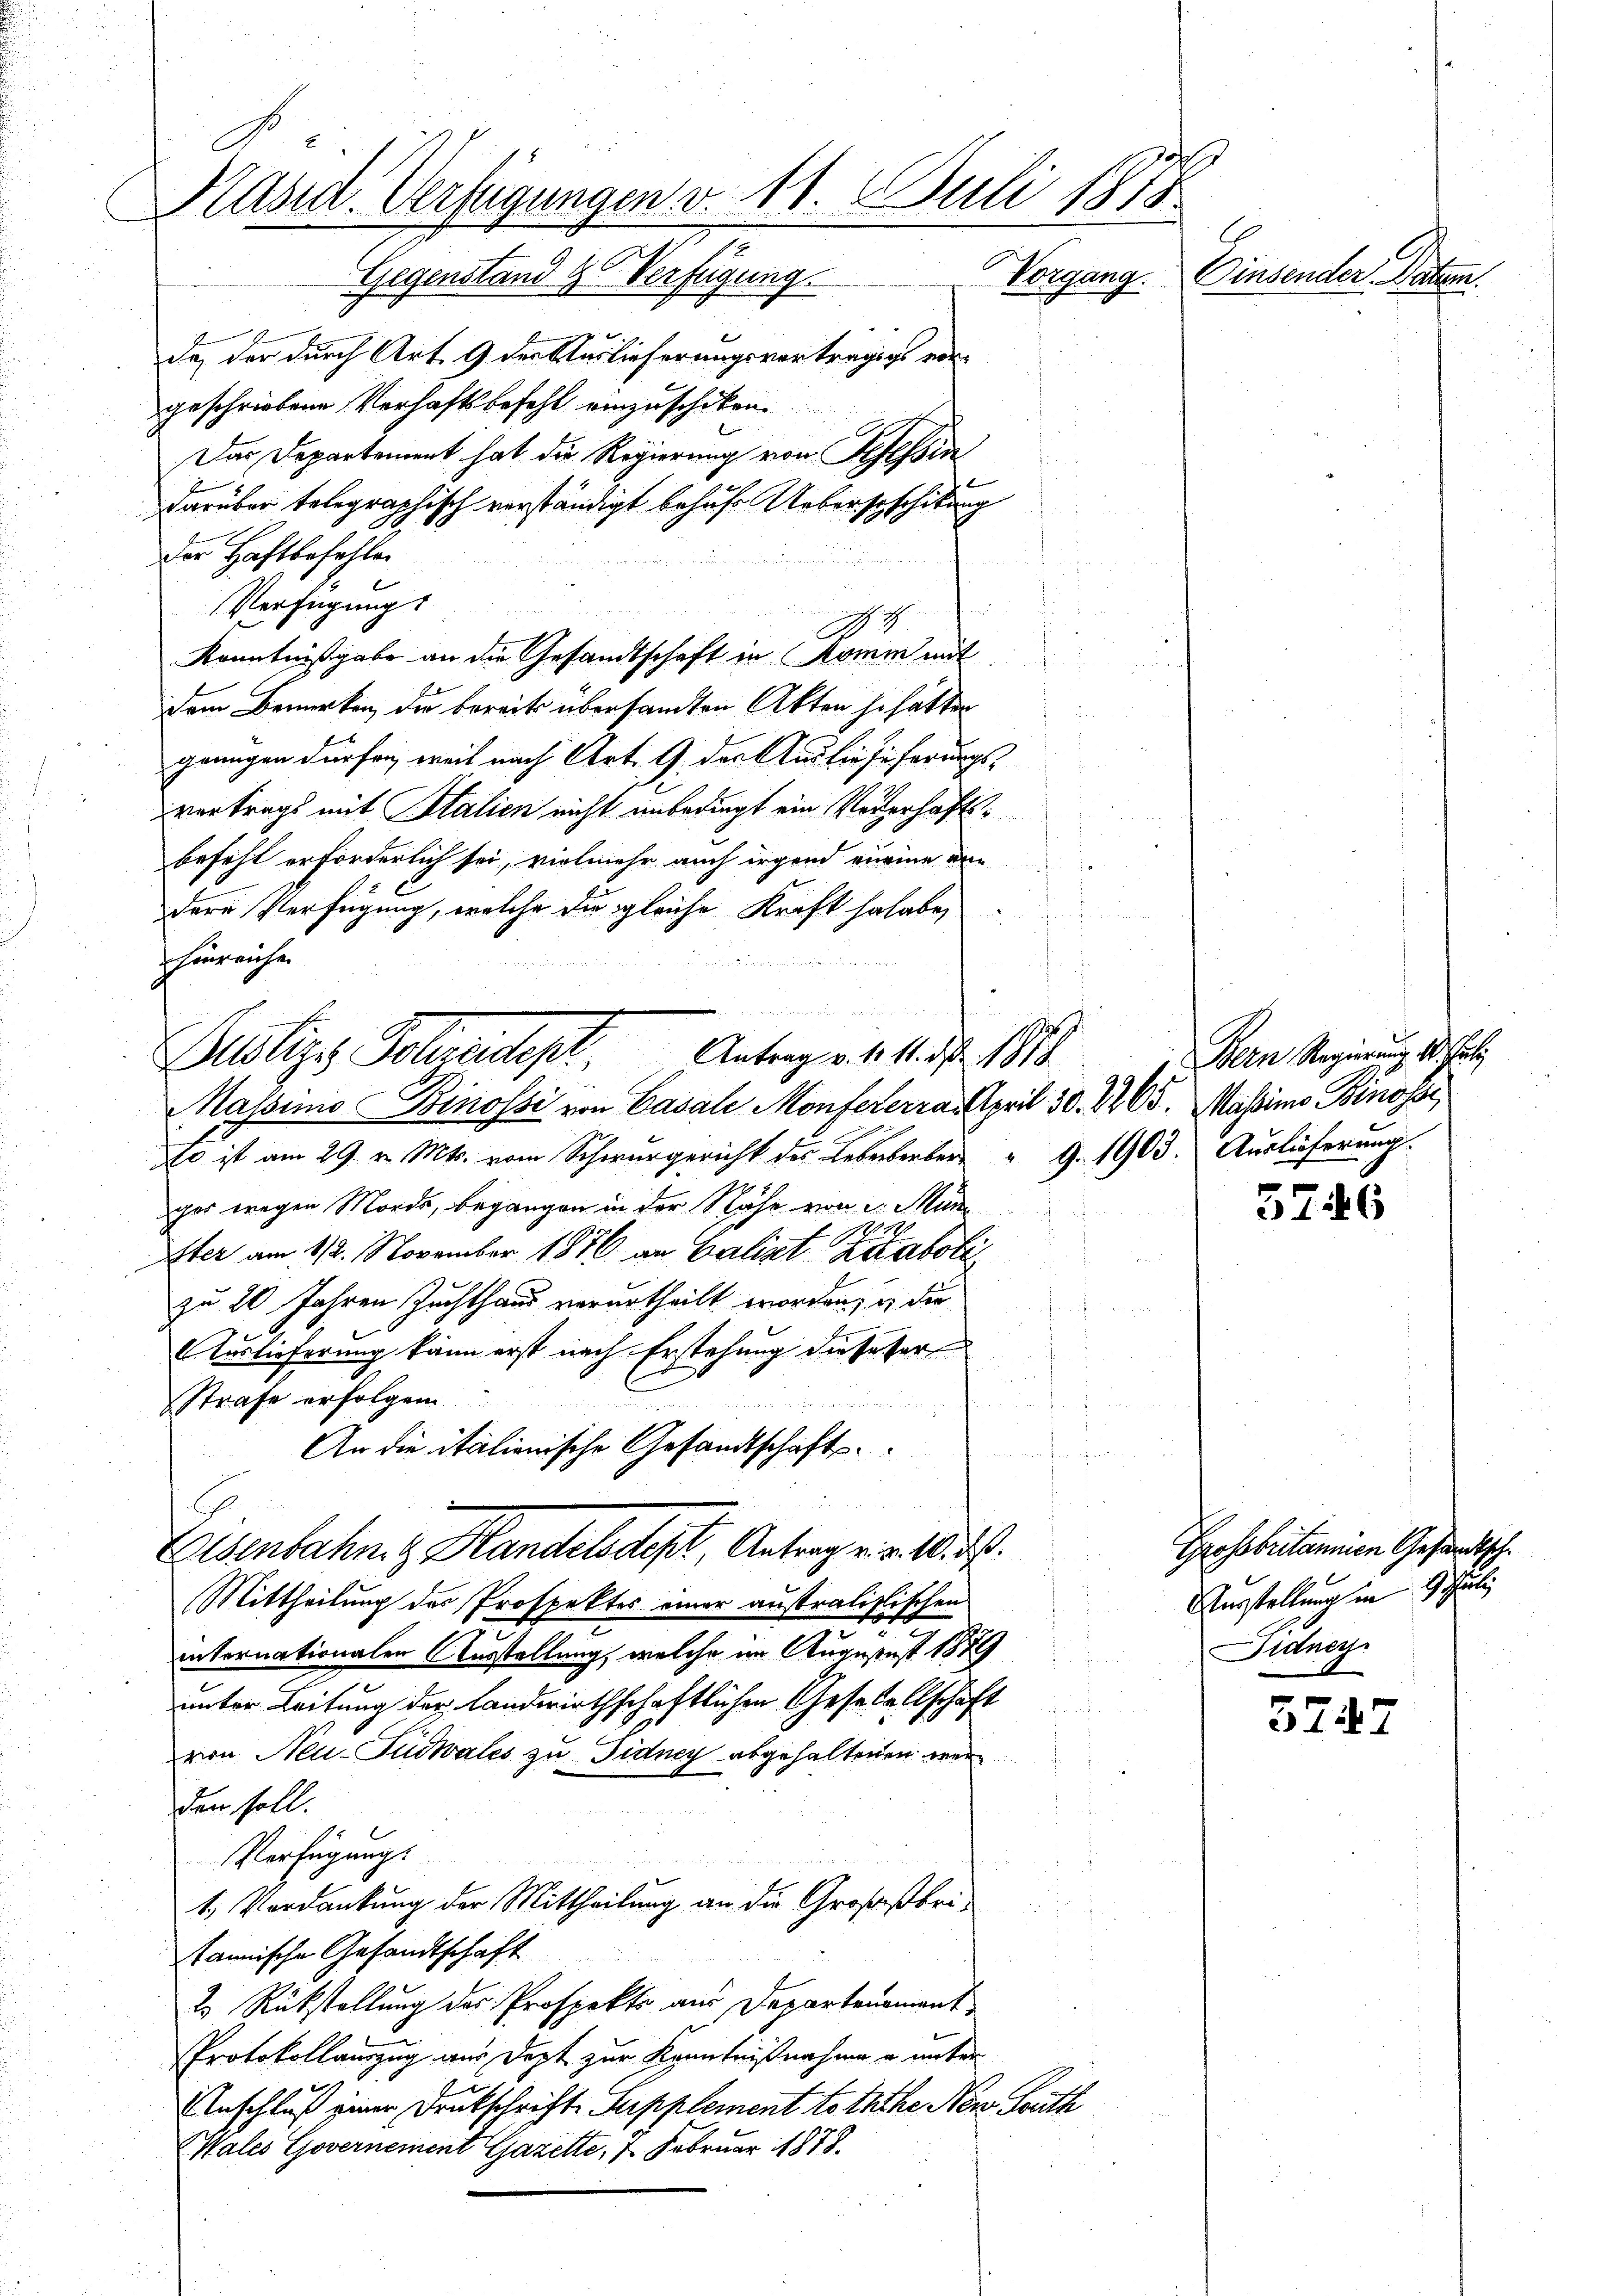
9
Kaszt. Verfügungen v. 18. Juli 1875.
Einsender Paten.
Vorgang.
Gegenstand & Verfügung.

de, der durch Art. 9 der Auslieferungsvorträgige vorgeschriebene Verhaftsbefehl einzuschiken.
Das Departement hat die Regierung von Hofessin
darüber telegraphisch verständigt behufs Uebersaschikung
Der Haftbefehlen
Verfügung

.
Kenntnißgabe an die Gesandtschaft in Komm mit

dem Bemerken, die bereits übersandten Akten so hatten
grungen dürfen, weil nach Art. 9 der Ausliefeferungsvertrags mit Italien nicht unbedingt ein Vorerhaftsbefehl erforderlich sei, vielmehr auch irgend eine der
dere Verfügung, welche die gleiche Kraft so habe,
hinreiche
Massinio Binosse von Casale Monfererras April 30. 2265. Massimo Binosse
so ist am 29. v. Mts. vom Schwurgericht des Lebenberber " G. 1903. Auslieferung.
ger wegen Mordes, begangen in der Nähe von d. Muni
Iter am 112. November 1876 an Balint Riaboli
zu 20 Jahren Zuchthaus verurtheilt worden, in die
f
Auslieferung kann erst nach Erstehung dieseser
n
Strafe erfolgen
hin von des
An die italionische Gesandtschaft
.
u
Eisenbahng Handeldes Antrag v. a. a.
Mittheilung des Prospektes einer ausralistischen
internationalen Ausstellung, welche im Augustust 1879
unter Leitung der Landwirthschaftlichen Gesetallschaft
d
von Neu-Tudwales zu Fidney abgehaltenen werden soll.
Verfügungs
1. Verdankung der Mittheilung an die Großßbritannische Gesandtschaft
2. Rückstellung des Prospekts aus Departenament
Protokollauszug aus Dept zur Kenntnißnahme u. unter
Anschluß einer Drukschrift Supplement toththe Nov. Guth
Cales Governement Gazette, 1 Februar 1878.

u
Pudliges Polizeidept, Antrage bis 1814

¬

Bern Regierung 10. Juli

5746

Grossbritannien Gesandtsch.
Ausstellung in 9 Juli
idney

5747